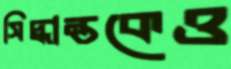
সিদ্ধান্তকেও